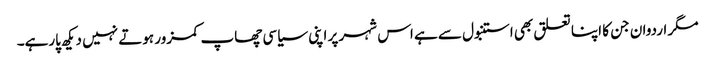
مگر اردوان جن کا اپنا تعلق بھی استنبول سے ہے اس شہر پر اپنی سیاسی چھاپ کمزور ہوتے نہیں دیکھ پارہے۔